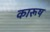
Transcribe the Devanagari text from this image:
कारूष